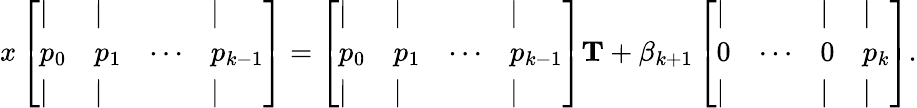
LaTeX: x\left[\begin{array}{llll}{|}&{|}&&{|}\\ {p_{0}}&{p_{1}}&{\cdots}&{p_{k-1}}\\ {|}&{|}&&{|}\end{array}\right]=\left[\begin{array}{llll}{|}&{|}&&{|}\\ {p_{0}}&{p_{1}}&{\cdots}&{p_{k-1}}\\ {|}&{|}&&{|}\end{array}\right]\mathbf{T}+\beta_{k+1}\left[\begin{array}{llll}{|}&&{|}&{|}\\ {0}&{\cdots}&{0}&{p_{k}}\\ {|}&&{|}&{|}\end{array}\right].